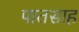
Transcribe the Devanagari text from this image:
पातसाह